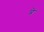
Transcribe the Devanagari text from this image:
त्रें